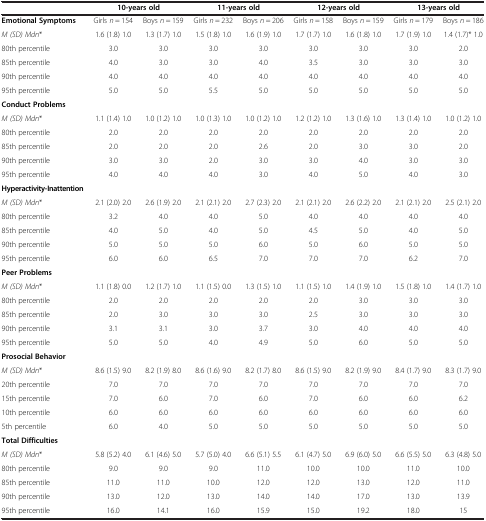
<table><thead><tr><td><b> </b></td><td colspan="2"><b>10-years old</b></td><td colspan="2"><b>11-years old</b></td><td colspan="2"><b>12-years old</b></td><td colspan="2"><b>13-years old</b></td></tr></thead><tbody><tr><td><b>Emotional Symptoms</b></td><td>Girls <i>n</i> = 154</td><td>Boys <i>n</i> = 159</td><td>Girls <i>n</i> = 232</td><td>Boys <i>n</i> = 206</td><td>Girls <i>n</i> = 158</td><td>Boys <i>n</i> = 159</td><td>Girls <i>n</i> = 179</td><td>Boys <i>n</i> = 186</td></tr><tr><td><i>M (SD) Mdn</i>*</td><td>1.6 (1.8) 1.0</td><td>1.3 (1.7) 1.0</td><td>1.5 (1.8) 1.0</td><td>1.6 (1.9) 1.0</td><td>1.7 (1.7) 1.0</td><td>1.6 (1.8) 1.0</td><td>1.7 (1.9) 1.0</td><td>1.4 (1.7)* 1.0</td></tr><tr><td>80th percentile</td><td>3.0</td><td>3.0</td><td>3.0</td><td>3.0</td><td>3.0</td><td>3.0</td><td>3.0</td><td>2.0</td></tr><tr><td>85th percentile</td><td>4.0</td><td>3.0</td><td>3.0</td><td>4.0</td><td>3.5</td><td>3.0</td><td>3.0</td><td>3.0</td></tr><tr><td>90th percentile</td><td>4.0</td><td>4.0</td><td>4.0</td><td>4.0</td><td>4.0</td><td>4.0</td><td>4.0</td><td>4.0</td></tr><tr><td>95th percentile</td><td>5.0</td><td>5.0</td><td>5.5</td><td>5.0</td><td>5.0</td><td>5.0</td><td>5.0</td><td>5.0</td></tr><tr><td><b>Conduct Problems</b></td><td> </td><td> </td><td> </td><td> </td><td> </td><td> </td><td> </td><td> </td></tr><tr><td><i>M (SD) Mdn</i>*</td><td>1.1 (1.4) 1.0</td><td>1.0 (1.2) 1.0</td><td>1.0 (1.3) 1.0</td><td>1.0 (1.2) 1.0</td><td>1.2 (1.2) 1.0</td><td>1.3 (1.6) 1.0</td><td>1.3 (1.4) 1.0</td><td>1.0 (1.2) 1.0</td></tr><tr><td>80th percentile</td><td>2.0</td><td>2.0</td><td>2.0</td><td>2.0</td><td>2.0</td><td>2.0</td><td>2.0</td><td>2.0</td></tr><tr><td>85th percentile</td><td>2.0</td><td>2.0</td><td>2.0</td><td>2.6</td><td>2.0</td><td>3.0</td><td>3.0</td><td>2.0</td></tr><tr><td>90th percentile</td><td>3.0</td><td>3.0</td><td>2.0</td><td>3.0</td><td>3.0</td><td>4.0</td><td>3.0</td><td>3.0</td></tr><tr><td>95th percentile</td><td>4.0</td><td>4.0</td><td>4.0</td><td>3.0</td><td>4.0</td><td>5.0</td><td>4.0</td><td>3.0</td></tr><tr><td><b>Hyperactivity-Inattention</b></td><td> </td><td> </td><td> </td><td> </td><td> </td><td> </td><td> </td><td> </td></tr><tr><td><i>M (SD) Mdn</i>*</td><td>2.1 (2.0) 2.0</td><td>2.6 (1.9) 2.0</td><td>2.1 (2.1) 2.0</td><td>2.7 (2.3) 2.0</td><td>2.1 (2.1) 2.0</td><td>2.6 (2.2) 2.0</td><td>2.1 (2.1) 2.0</td><td>2.5 (2.1) 2.0</td></tr><tr><td>80th percentile</td><td>3.2</td><td>4.0</td><td>4.0</td><td>5.0</td><td>4.0</td><td>4.0</td><td>4.0</td><td>4.0</td></tr><tr><td>85th percentile</td><td>4.0</td><td>5.0</td><td>4.0</td><td>5.0</td><td>4.5</td><td>5.0</td><td>4.0</td><td>5.0</td></tr><tr><td>90th percentile</td><td>5.0</td><td>5.0</td><td>5.0</td><td>6.0</td><td>5.0</td><td>6.0</td><td>5.0</td><td>5.0</td></tr><tr><td>95th percentile</td><td>6.0</td><td>6.0</td><td>6.5</td><td>7.0</td><td>7.0</td><td>7.0</td><td>6.2</td><td>7.0</td></tr><tr><td><b>Peer Problems</b></td><td> </td><td> </td><td> </td><td> </td><td> </td><td> </td><td> </td><td> </td></tr><tr><td><i>M (SD) Mdn</i>*</td><td>1.1 (1.8) 0.0</td><td>1.2 (1.7) 1.0</td><td>1.1 (1.5) 0.0</td><td>1.3 (1.5) 1.0</td><td>1.1 (1.5) 1.0</td><td>1.4 (1.9) 1.0</td><td>1.5 (1.8) 1.0</td><td>1.4 (1.7) 1.0</td></tr><tr><td>80th percentile</td><td>2.0</td><td>2.0</td><td>2.0</td><td>2.0</td><td>2.0</td><td>3.0</td><td>3.0</td><td>3.0</td></tr><tr><td>85th percentile</td><td>2.0</td><td>3.0</td><td>3.0</td><td>3.0</td><td>2.5</td><td>3.0</td><td>3.0</td><td>3.0</td></tr><tr><td>90th percentile</td><td>3.1</td><td>3.1</td><td>3.0</td><td>3.7</td><td>3.0</td><td>4.0</td><td>4.0</td><td>4.0</td></tr><tr><td>95th percentile</td><td>5.0</td><td>5.0</td><td>4.0</td><td>4.9</td><td>5.0</td><td>6.0</td><td>5.0</td><td>5.0</td></tr><tr><td><b>Prosocial Behavior</b></td><td> </td><td> </td><td> </td><td> </td><td> </td><td> </td><td> </td><td> </td></tr><tr><td><i>M (SD) Mdn</i>*</td><td>8.6 (1.5) 9.0</td><td>8.2 (1.9) 8.0</td><td>8.6 (1.6) 9.0</td><td>8.2 (1.7) 8.0</td><td>8.6 (1.5) 9.0</td><td>8.2 (1.9) 9.0</td><td>8.4 (1.7) 9.0</td><td>8.3 (1.7) 9.0</td></tr><tr><td>20th percentile</td><td>7.0</td><td>7.0</td><td>7.0</td><td>7.0</td><td>7.0</td><td>7.0</td><td>7.0</td><td>7.0</td></tr><tr><td>15th percentile</td><td>7.0</td><td>6.0</td><td>7.0</td><td>6.0</td><td>7.0</td><td>6.0</td><td>6.0</td><td>6.2</td></tr><tr><td>10th percentile</td><td>6.0</td><td>6.0</td><td>6.0</td><td>6.0</td><td>6.0</td><td>6.0</td><td>6.0</td><td>6.0</td></tr><tr><td>5th percentile</td><td>6.0</td><td>4.0</td><td>5.0</td><td>5.0</td><td>5.0</td><td>5.0</td><td>5.0</td><td>5.0</td></tr><tr><td><b>Total Difficulties</b></td><td> </td><td> </td><td> </td><td> </td><td> </td><td> </td><td> </td><td> </td></tr><tr><td><i>M (SD) Mdn</i>*</td><td>5.8 (5.2) 4.0</td><td>6.1 (4.6) 5.0</td><td>5.7 (5.0) 4.0</td><td>6.6 (5.1) 5.5</td><td>6.1 (4.7) 5.0</td><td>6.9 (6.0) 5.0</td><td>6.6 (5.5) 5.0</td><td>6.3 (4.8) 5.0</td></tr><tr><td>80th percentile</td><td>9.0</td><td>9.0</td><td>9.0</td><td>11.0</td><td>10.0</td><td>10.0</td><td>11.0</td><td>10.0</td></tr><tr><td>85th percentile</td><td>11.0</td><td>11.0</td><td>10.0</td><td>12.0</td><td>12.0</td><td>13.0</td><td>12.0</td><td>11.0</td></tr><tr><td>90th percentile</td><td>13.0</td><td>12.0</td><td>13.0</td><td>14.0</td><td>14.0</td><td>17.0</td><td>13.0</td><td>13.9</td></tr><tr><td>95th percentile</td><td>16.0</td><td>14.1</td><td>16.0</td><td>15.9</td><td>15.0</td><td>19.2</td><td>18.0</td><td>15</td></tr></tbody></table>